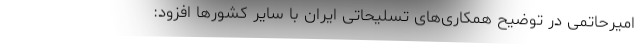
امیرحاتمی در توضیح همکاری‌های تسلیحاتی ایران با سایر کشور‌ها افزود: